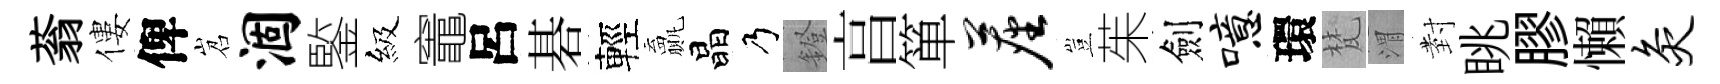
蓊僂俾岧涸鍳級竈呂碁輕贏晶乃鐙亯箪尘豈茱劍噫環梵渭𭔹眺膠懶灸